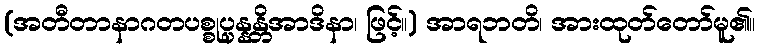
(အတီတာနာဂတပစ္စုပ္ပန္နန္တိအာဒိနာ၊ ဖြင့်။) အာရဘတိ၊ အားထုတ်တော်မူ၏။